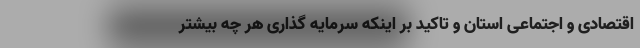
اقتصادی و اجتماعی استان و تاکید بر اینکه سرمایه گذاری هر چه بیشتر